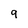
Character: 9